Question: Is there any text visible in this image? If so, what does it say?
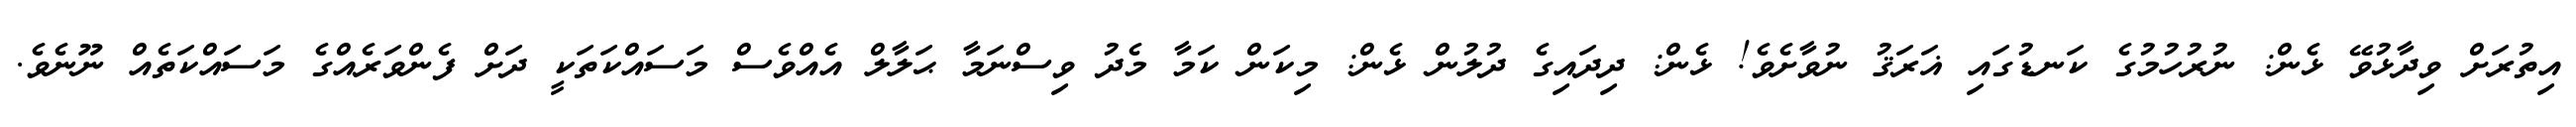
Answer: އިތުރަށް ވިދާޅުވޭ ޅެން: ނުރުހުމުގެ ކަނޑުގައި ޣަރަޤު ނުވާށެވެ! ޅެން: ދިދައިގެ ދުލުން ޅެން: މިކަން ކަމާ މެދު ވިސްނަމާ ޙަލާލް އެއްވެސް މަސައްކަތަކީ ދަށް ފެންވަރެއްގެ މަސައްކަތެއް ނޫނެވެ.